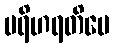
ပရိဟရတိပေ